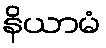
နိယာမံ